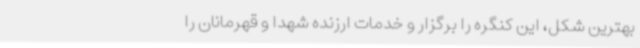
بهترین شکل، این کنگره را برگزار و خدمات ارزنده شهدا و قهرمانان را